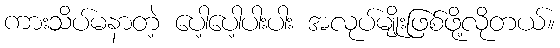
ကားသိပ်မနာတဲ့ ပေါ့ပေါ့ပါးပါး အလုပ်မျိုးဖြစ်ဖို့လိုတယ်။